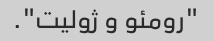
"رومئو و ژولیت".